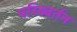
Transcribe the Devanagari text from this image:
परिब्वर्तन